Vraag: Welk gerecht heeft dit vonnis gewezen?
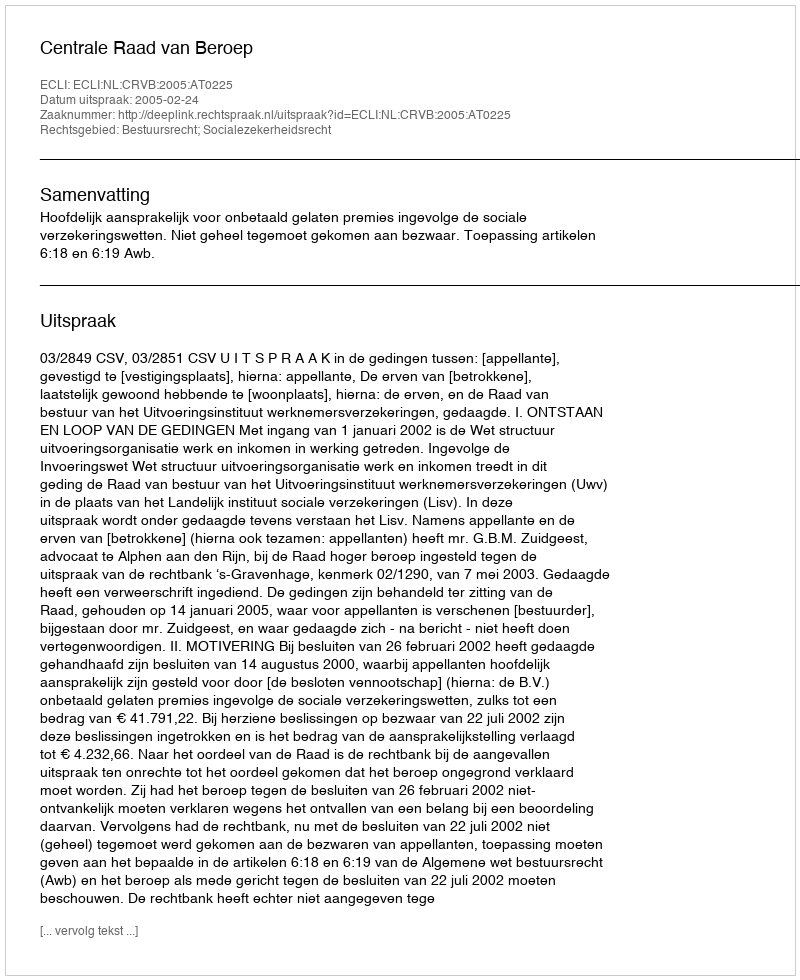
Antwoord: Centrale Raad van Beroep